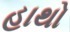
હાથો